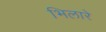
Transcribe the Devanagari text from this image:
भिलारे